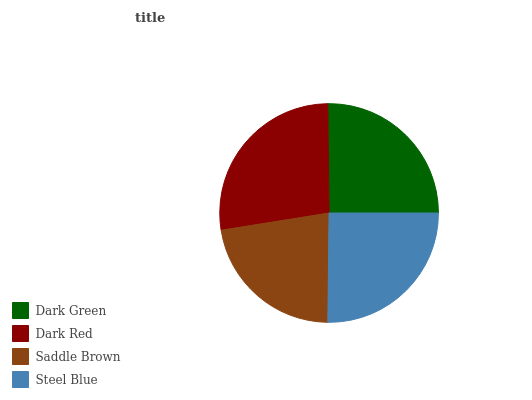
| Dark Green | Dark Red | Saddle Brown | Steel Blue |
 | --- | --- | --- | --- |
 | 25.2% | 27.4% | 22.3% | 25.2% |